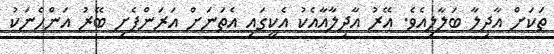
ތަކަށް އާދިލާ ބަލާލިއެވެ. އޭރު އާދިލާއާއެކު އެކީގައި އެތަނަށް އަރަންފެށި ބޭރު އަންހެނަކު